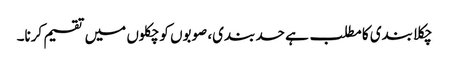
چکلا بندی کا مطلب ہے حد بندی، صوبوں کو چکلوں میں تقسیم کرنا۔